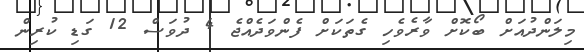
މިލަންދުއަށް ބޯކޮށް ވާރެވެހި ގެތަކަށް ފެންވަދެއްޖެ 4 ދުވަސް 12 ގަޑި ކުރިން